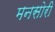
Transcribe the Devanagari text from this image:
मनसोरी